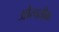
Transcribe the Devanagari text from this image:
औत्पतीक